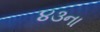
૪૩ના